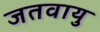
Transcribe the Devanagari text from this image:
जतवायु